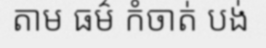
តាម ធម៌ កំចាត់ បង់